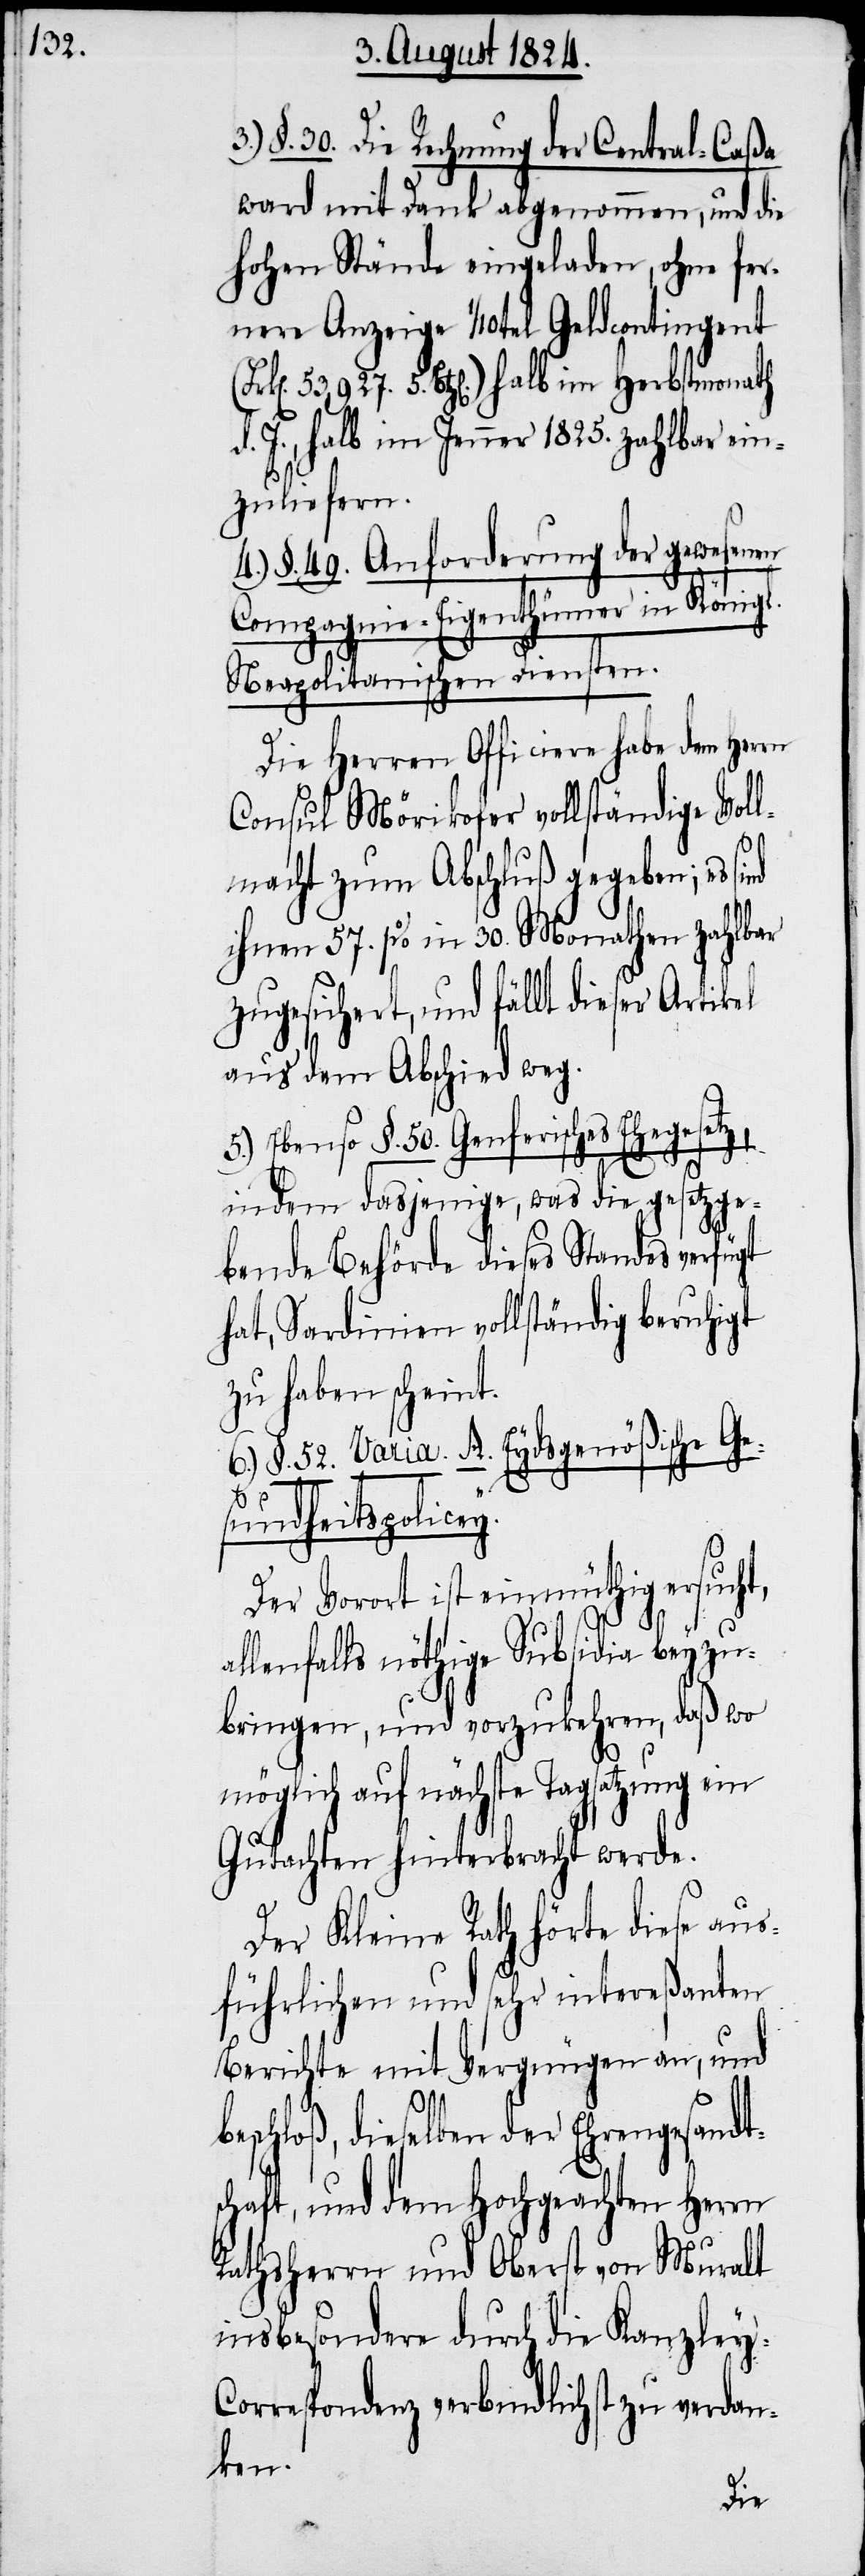
3.) §. 30. Die Rechnung der Central-Caßa
ward mit Dank abgenommen, und die
hohen Stände eingeladen, ohne fer¬
nere Anzeige 1/10tel Geldcontingent
5. Btz[en].) halb im Herbstmonath
d. J., halb im Jenner 1825. zahlbar ein¬
zuliefern.
4.) §. 49. Anforderung der gewesenen
Compagnie-Eigenthümer in Königl.
Neapolitanischen Diensten.
Die Herren Officiere haben dem
Consul Mörikofer vollständige Voll¬
macht zum Abschluß gegeben; es sind
ihnen 57. p% in 30. Monathen zahlbar
zugesichert, und fällt dieser Artikel
aus dem Abschied weg.
5.) Ebenso §. 50. Genferisches Ehegesetz,
indem dasjenige, was die gesetzge¬
bende Behörde dieses Standes verfügt
hat, Sardinien vollständig beruhigt
zu haben scheint.
6.) §. 52. Varia. A. Eydsgenößische Ge¬
sundheitspolicey.
Der Vorort ist einmüthig ersucht,
allenfalls nöthige Subsidia beyzu¬
bringen, und vorzukehren, daß wo
möglich auf nächste Tagsatzung ein
Gutachten hinterbracht werde.
Der Kleine Rath hörte diese aus¬
führlichen und sehr intereßanten
Berichte mit Vergnügen an, und
eselben der Ehrengesandts¬
chaft, und dem Hochgeachten Herrn
Rathsherrn und Oberst von Muralt
insbesondere durch die Kanzley-C¬
orrespondenz verbindlichst zu verdan¬
ken.
di¬